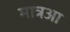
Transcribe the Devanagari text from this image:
मात्रआ